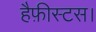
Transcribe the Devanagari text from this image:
हैफ़ीस्टस।